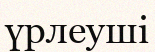
үрлеуші